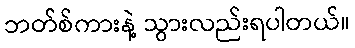
ဘတ်စ်ကားနဲ့ သွားလည်းရပါတယ်။